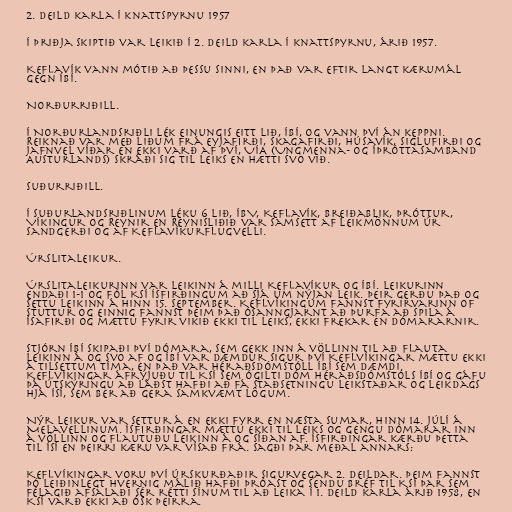
2. deild karla í knattspyrnu 1957

Í þriðja skiptið var leikið í 2. deild karla í knattspyrnu, árið 1957.

Keflavík vann mótið að þessu sinni, en það var eftir langt kærumál
gegn ÍBÍ.

Norðurriðill.

Í Norðurlandsriðli lék einungis eitt lið, ÍBÍ, og vann því án keppni.
Reiknað var með liðum frá Eyjafirði, Skagafirði, Húsavík, Siglufirði og
jafnvel víðar en ekki varð af því, UÍA (Ungmenna- og íþróttasamband
Austurlands) skráði sig til leiks en hætti svo við.

Suðurriðill.

Í Suðurlandsriðlinum léku 6 lið, ÍBV, Keflavík, Breiðablik, Þróttur,
Víkingur og Reynir en Reynisliðið var samsett af leikmönnum úr
Sandgerði og af Keflavíkurflugvelli.

Úrslitaleikur.

Úrslitaleikurinn var leikinn á milli Keflavíkur og ÍBÍ. Leikurinn
endaði 1-1 og fól KSÍ Ísfirðingum að sjá um nýjan leik. Þeir gerðu það og
settu leikinn á hinn 15. september. Keflvíkingum fannst fyrirvarinn of
stuttur og einnig fannst þeim það ósanngjarnt að þurfa að spila á
Ísafirði og mættu fyrir vikið ekki til leiks, ekki frekar en dómararnir.

Stjórn ÍBÍ skipaði því dómara, sem gekk inn á völlinn til að flauta
leikinn á og svo af og ÍBÍ var dæmdur sigur því Keflvíkingar mættu ekki
á tilsettum tíma, en það var héraðsdómstóll ÍBÍ sem dæmdi.
Keflvíkingar áfrýjuðu til KSÍ sem ógilti dóm héraðsdómstóls ÍBÍ og gáfu
þá útskýringu að láðst hafði að fá staðsetningu leikstaðar og leikdags
hjá ÍSÍ, sem ber að gera samkvæmt lögum.

Nýr leikur var settur á en ekki fyrr en næsta sumar, hinn 14. júlí á
Melavellinum. Ísfirðingar mættu ekki til leiks og gengu dómarar inn
á völlinn og flautuðu leikinn á og síðan af. Ísfirðingar kærðu þetta
til ÍSÍ en þeirri kæru var vísað frá. Sagði þar meðal annars:

Keflvíkingar voru því úrskurðaðir sigurvegar 2. deildar. Þeim fannst
þó leiðinlegt hvernig málið hafði þróast og sendu bréf til KSÍ þar sem
félagið afsalaði sér rétti sínum til að leika í 1. deild karla árið 1958, en
KSÍ varð ekki að ósk þeirra.